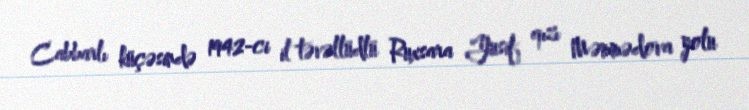
Cabbarlı küçəsində 1942-ci il təvəllüdlü Ruxsara Yusif qızı Məmmədova yolu